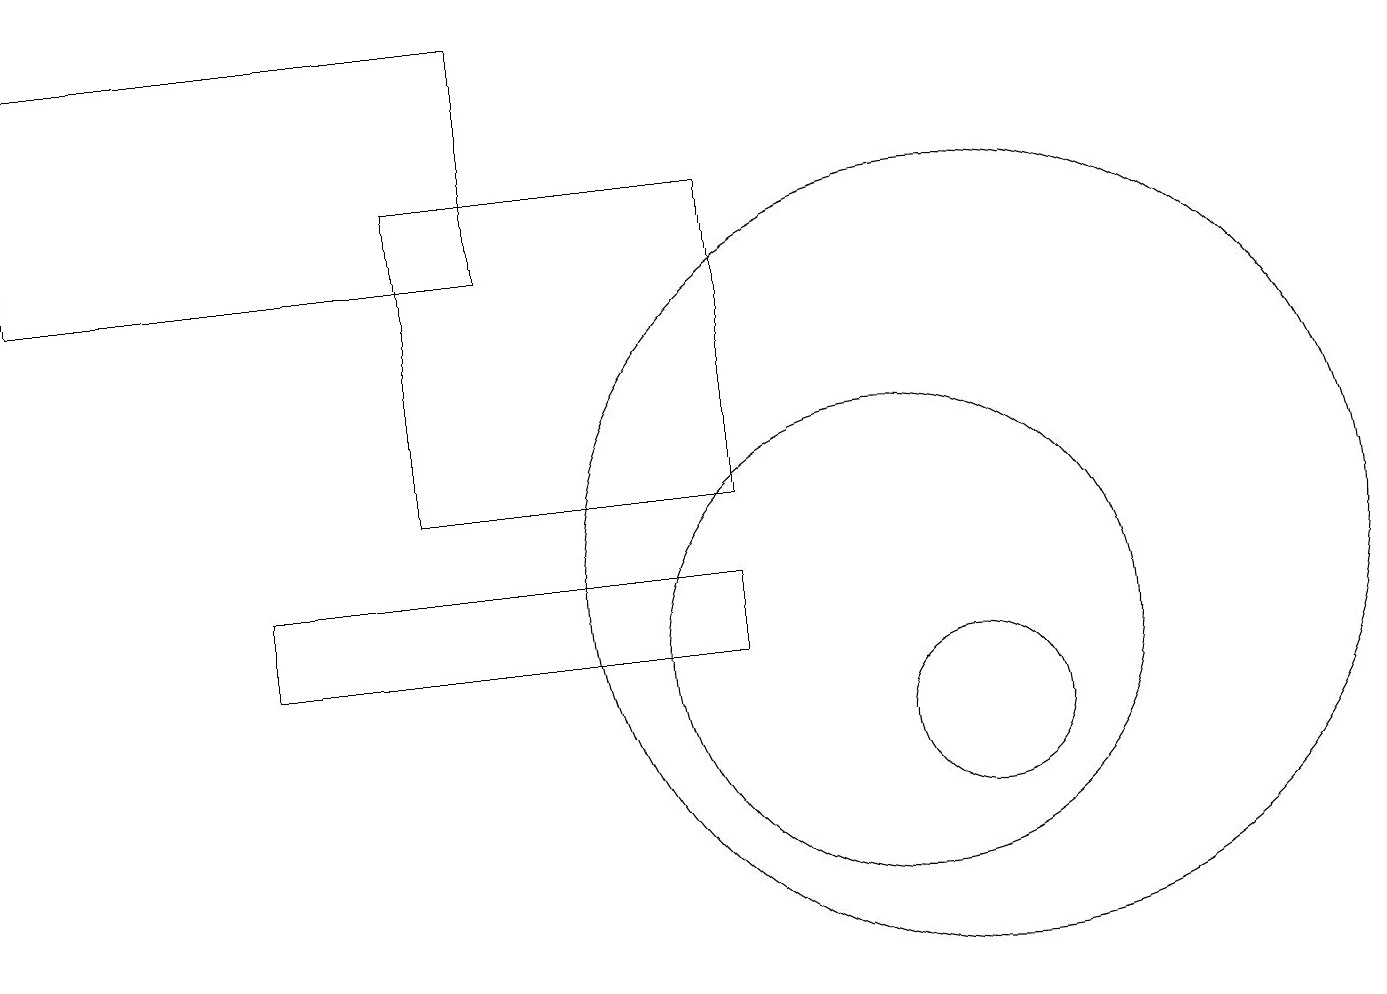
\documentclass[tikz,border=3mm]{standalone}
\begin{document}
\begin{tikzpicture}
\draw (11,11) circle (3);
\draw (3,12) rectangle (9,11);
\draw (12,12) circle (5);
\draw (6,19) rectangle (0,16);
\draw (5,17) rectangle (9,13);
\draw (12,10) circle (1);
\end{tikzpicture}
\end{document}